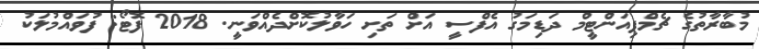
މުބާރާތުގެ ޗެމްޕިއަންޓީމް ދަޑިމަގު އެފްސީ އަށް ތަށި ހަވާލުކޮށްދެއްވަނީ. 2018 ފޮޓޯ: ފުވައްމުލަކު